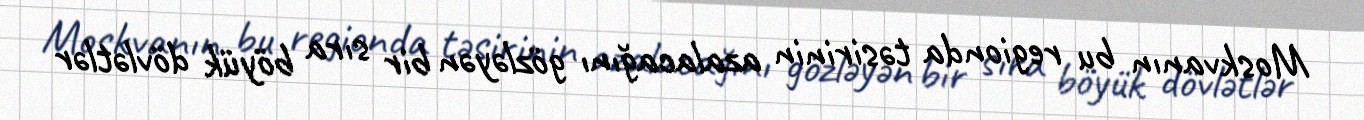
Moskvanın bu regionda təsirinin azalacağını gözləyən bir sıra böyük dövlətlər